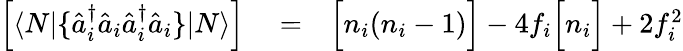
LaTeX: \begin{array}{rlr}{\left[\langle N|\{ \hat{a}_{i}^{\dagger}\hat{a}_{i}\hat{a}_{i}^{\dagger}\hat{a}_{i}\} |N\rangle\right]}&{{}=}&{\Big[n_{i}(n_{i}-1)\Big]-4f_{i}\Big[n_{i}\Big]+2f_{i}^{2}}\end{array}